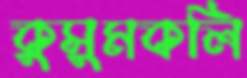
কুসুমকলি